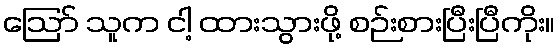
ဪ သူက ငါ့ ထားသွားဖို့ စဉ်းစားပြီးပြီကိုး။